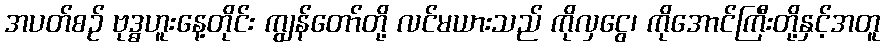
အပတ်စဉ် ဗုဒ္ဓဟူးနေ့တိုင်း ကျွန်တော်တို့ လင်မယားသည် ကိုလှငွေ၊ ကိုအောင်ကြီးတို့နှင့်အတူ